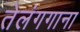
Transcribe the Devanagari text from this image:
तेलंगगाना